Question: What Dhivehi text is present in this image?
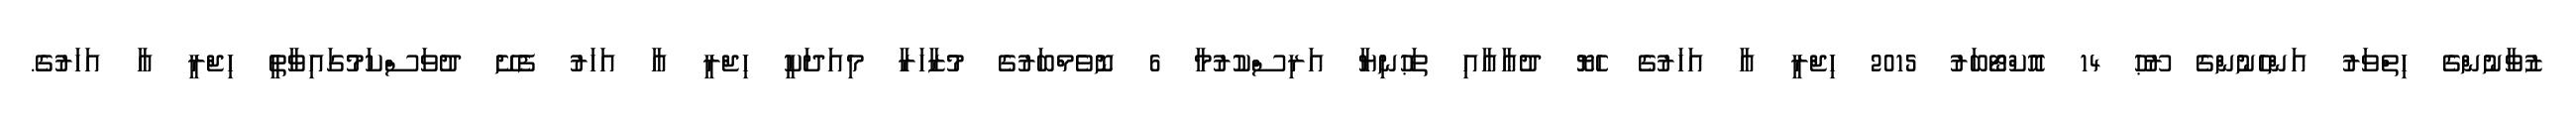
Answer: ޒުވާނުންގެ ހިތްވަރު އަންހެނުންގެ ރޫޙު 14 އޮކްޓޯބަރު 2015 ހިޖްރީ އާ އަހަރުގެ ހެޔޮ ދުޢާއާއި ތަޙުނިޔާ އަރިސްކުރުމާ 6 ނޮވެމްބަރުގެ މުޒާހަރާ މިއަދަކީ ހިޖްރީ އާ އަހަރު ފެށޭ ދުވަސްކަމުގައިވާތީ ހިޖްރީ އާ އަހަރުގެ.